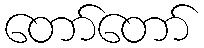
တော်တော်